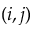
( i , j )